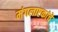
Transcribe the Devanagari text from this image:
मंगलाष्टकांचे